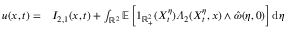
\begin{array} { r l } { u ( x , t ) = } & { { } I _ { 2 , 1 } ( x , t ) + \int _ { \mathbb { R } ^ { 2 } } \mathbb { E } \left[ 1 _ { \mathbb { R } _ { + } ^ { 2 } } ( X _ { t } ^ { \eta } ) \varLambda _ { 2 } ( X _ { t } ^ { \eta } , x ) \wedge \hat { \omega } ( \eta , 0 ) \right] \mathrm { d } \eta } \end{array}